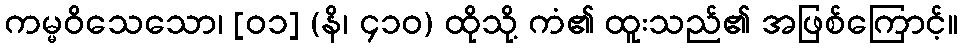
ကမ္မဝိသေသော၊ [၀၁] (နိ၊ ၄၁၀) ထိုသို့ ကံ၏ ထူးသည်၏ အဖြစ်ကြောင့်။